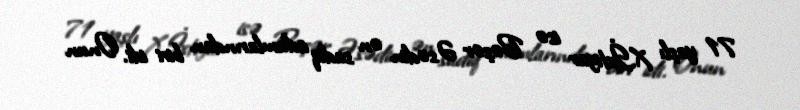
71 yaşlı X.İxtiyar isə Bəşər Əsədin ən sadiq adamlarından biri idi. Onun